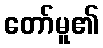
တော်မူ၏